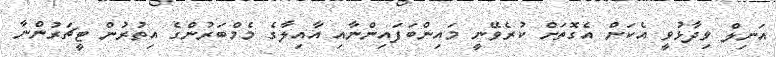
އަނިލް ވިދާޅުވީ އެކަން އެގޮތަށް ކުރެވޭނީ މައިންބަފައިންނާއި އާއިލާގެ މެމްބަރުންގެ އިތުރުން ޓީޗަރުންނާ